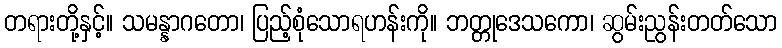
တရားတို့နှင့်။ သမန္နာဂတော၊ ပြည့်စုံသောရဟန်းကို။ ဘတ္တုဒေသကော၊ ဆွမ်းညွန်းတတ်သော